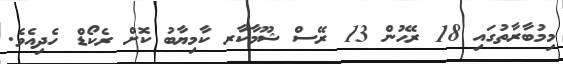
މިމުބާރާތުގައި 18 ރޭހުން 13 ރޭސް ޝޫމާކާރ ކާމިޔާބު ކޮށް ރެކޯޑް ހެދިއެވެ.